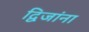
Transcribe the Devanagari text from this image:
द्विजांना